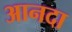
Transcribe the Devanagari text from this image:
आनदा